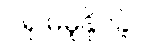
ဂရု မမူနိုင်ခဲ့။